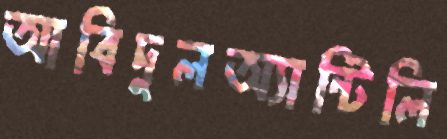
আবিদুলঅ্যান্টিলি